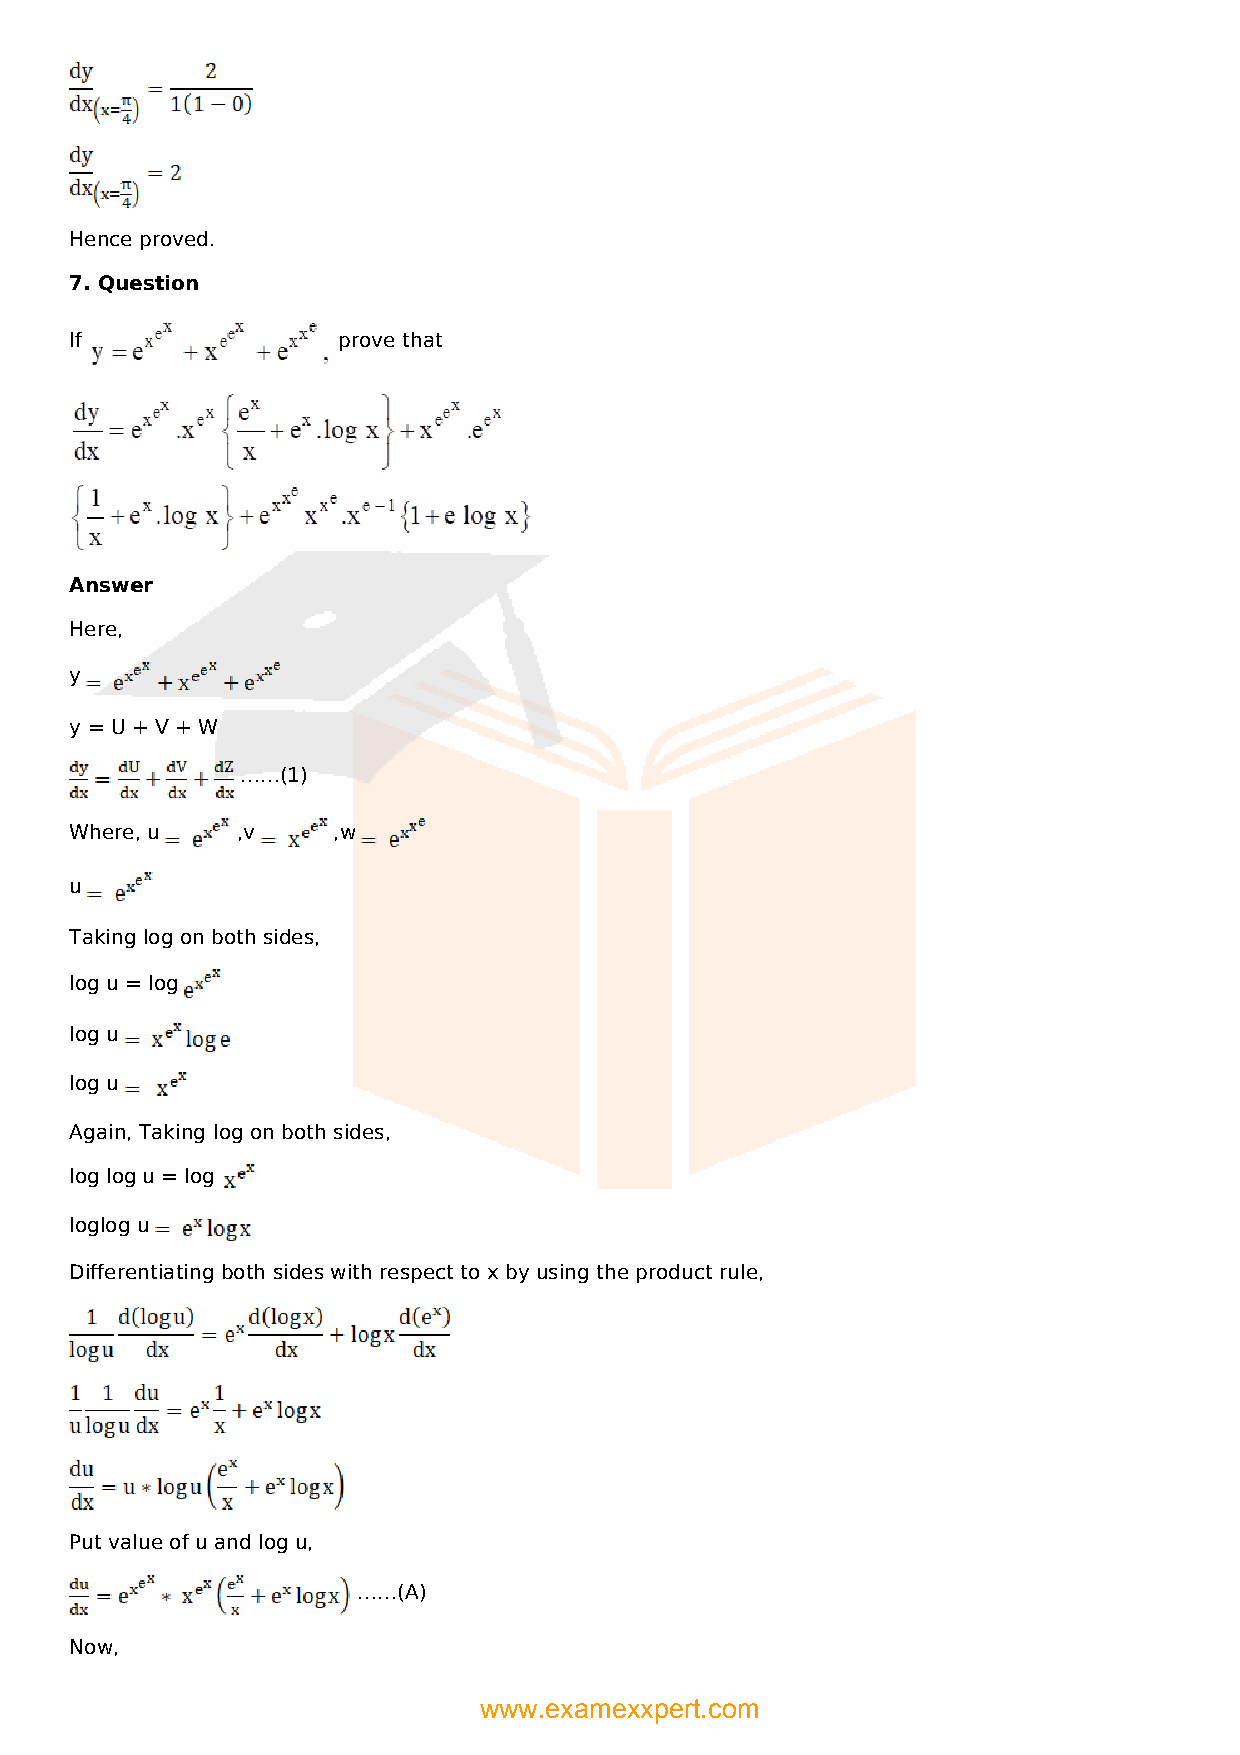
Hence proved.
 7. Question
 If               prove that
 Answer
 Here,
 y
 y = U + V + W
 ……(1)
 Where, u   ,v    ,w
 u
 Taking log on both sides,
 log u = log
 log u
 log u
 Again, Taking log on both sides,
 log log u = log
 loglog u
 Differentiating both sides with respect to x by using the product rule,
 Put value of u and log u,
 ……(A)
 Now,
 www.examexxpert.com